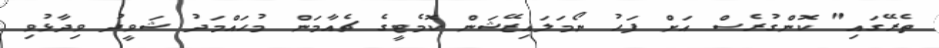
ތެރޭގައި" ކޮންގުރެސް އަށް ފަހު ނޯމަލައިޒޭޝަން ކޮމެޓީގެ ޗެއާމަން މުހައްމަދު ޝަވީދު ވިދާޅުވި